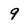
Character: 9